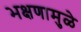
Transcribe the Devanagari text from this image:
भक्षणामुळे